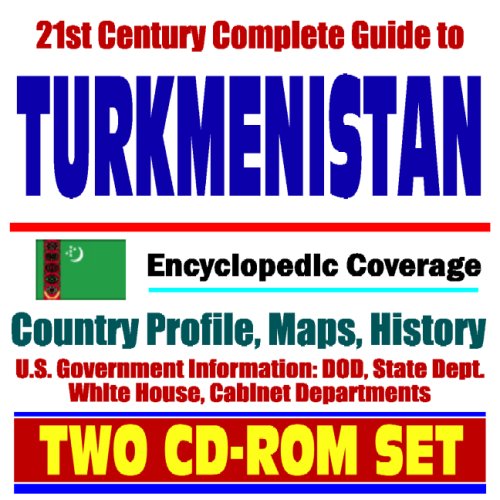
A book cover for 21st Century Complete Guide to Turkmenistan - Encyclopedic Coverage, Country Profile, History, DOD, State Dept., White House, CIA Factbook (Two CD-ROM Set); U.S. Government; Travel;